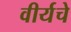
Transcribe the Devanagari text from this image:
वीर्यचे